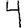
Digit: 4